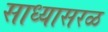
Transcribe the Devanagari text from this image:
साध्यासरळ